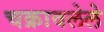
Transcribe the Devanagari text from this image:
चक्रावलेले